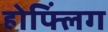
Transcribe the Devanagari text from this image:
होफ्लिंग